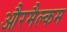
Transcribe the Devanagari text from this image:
औरमैल्कम